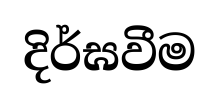
දිර්ඝවීම